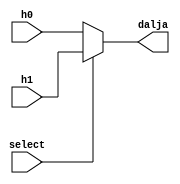
`timescale 1ns / 1ps
//////////////////////////////////////////////////////////////////////////////////
// Company: 
// Engineer: 
// 
// Design Name: 
// Module Name: Mux2to1
// Project Name: 
// Target Devices: 
// Tool Versions: 
// Description: 
// 
// Dependencies: 
// 
// Revision:
// Revision 0.01 - File Created
// Additional Comments:
// 
//////////////////////////////////////////////////////////////////////////////////


module Mux2to1(
    input h0,
    input h1,
    input select,
    output dalja
    );
    
    assign dalja = select ? h1 : h0;
 
endmodule